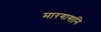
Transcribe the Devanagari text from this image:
मारगागानि